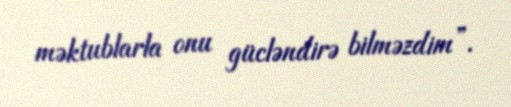
məktublarla onu gücləndirə bilməzdim”.